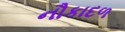
નૌકાદળ